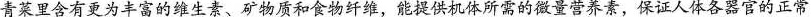
青菜里含有更为丰富的维生素、矿物质和食物纤维，能提供机体所需的微量营养素，保证人体各器官的正常